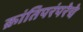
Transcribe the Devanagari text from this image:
क्रांतिपरंपरेचे